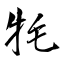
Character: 牦